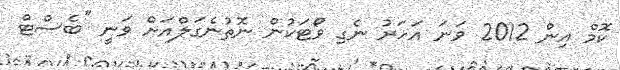
ކޮމް އިން 2012 ވަނަ އަހަރު ނެގި ވޯޓަކުން ނޮތުނެގަލްއަށް ވަނީ "ބެސްޓް